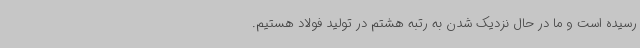
رسیده است و ما در حال نزدیک شدن به رتبه هشتم در تولید فولاد هستیم.